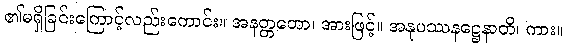
၏မရှိခြင်းကြောင့်လည်းကောင်း။ အနတ္တတော၊ အားဖြင့်။ အနုပဿနဋ္ဌေနာတိ၊ ကား။